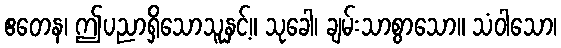
ဧတေန၊ ဤပညာရှိသောသူနှင့်။ သုခေါ၊ ချမ်းသာစွာသော။ သံဝါသော၊